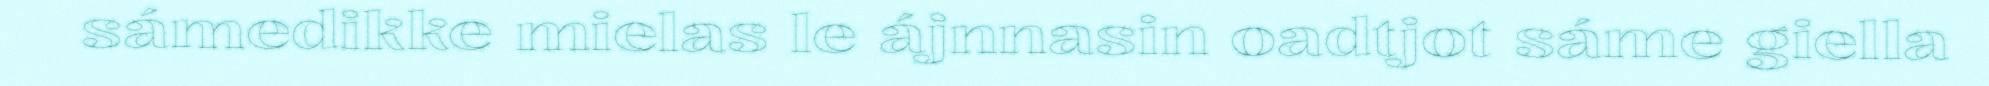
sámedikke mielas le ájnnasin oadtjot sáme giella